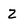
Character: z